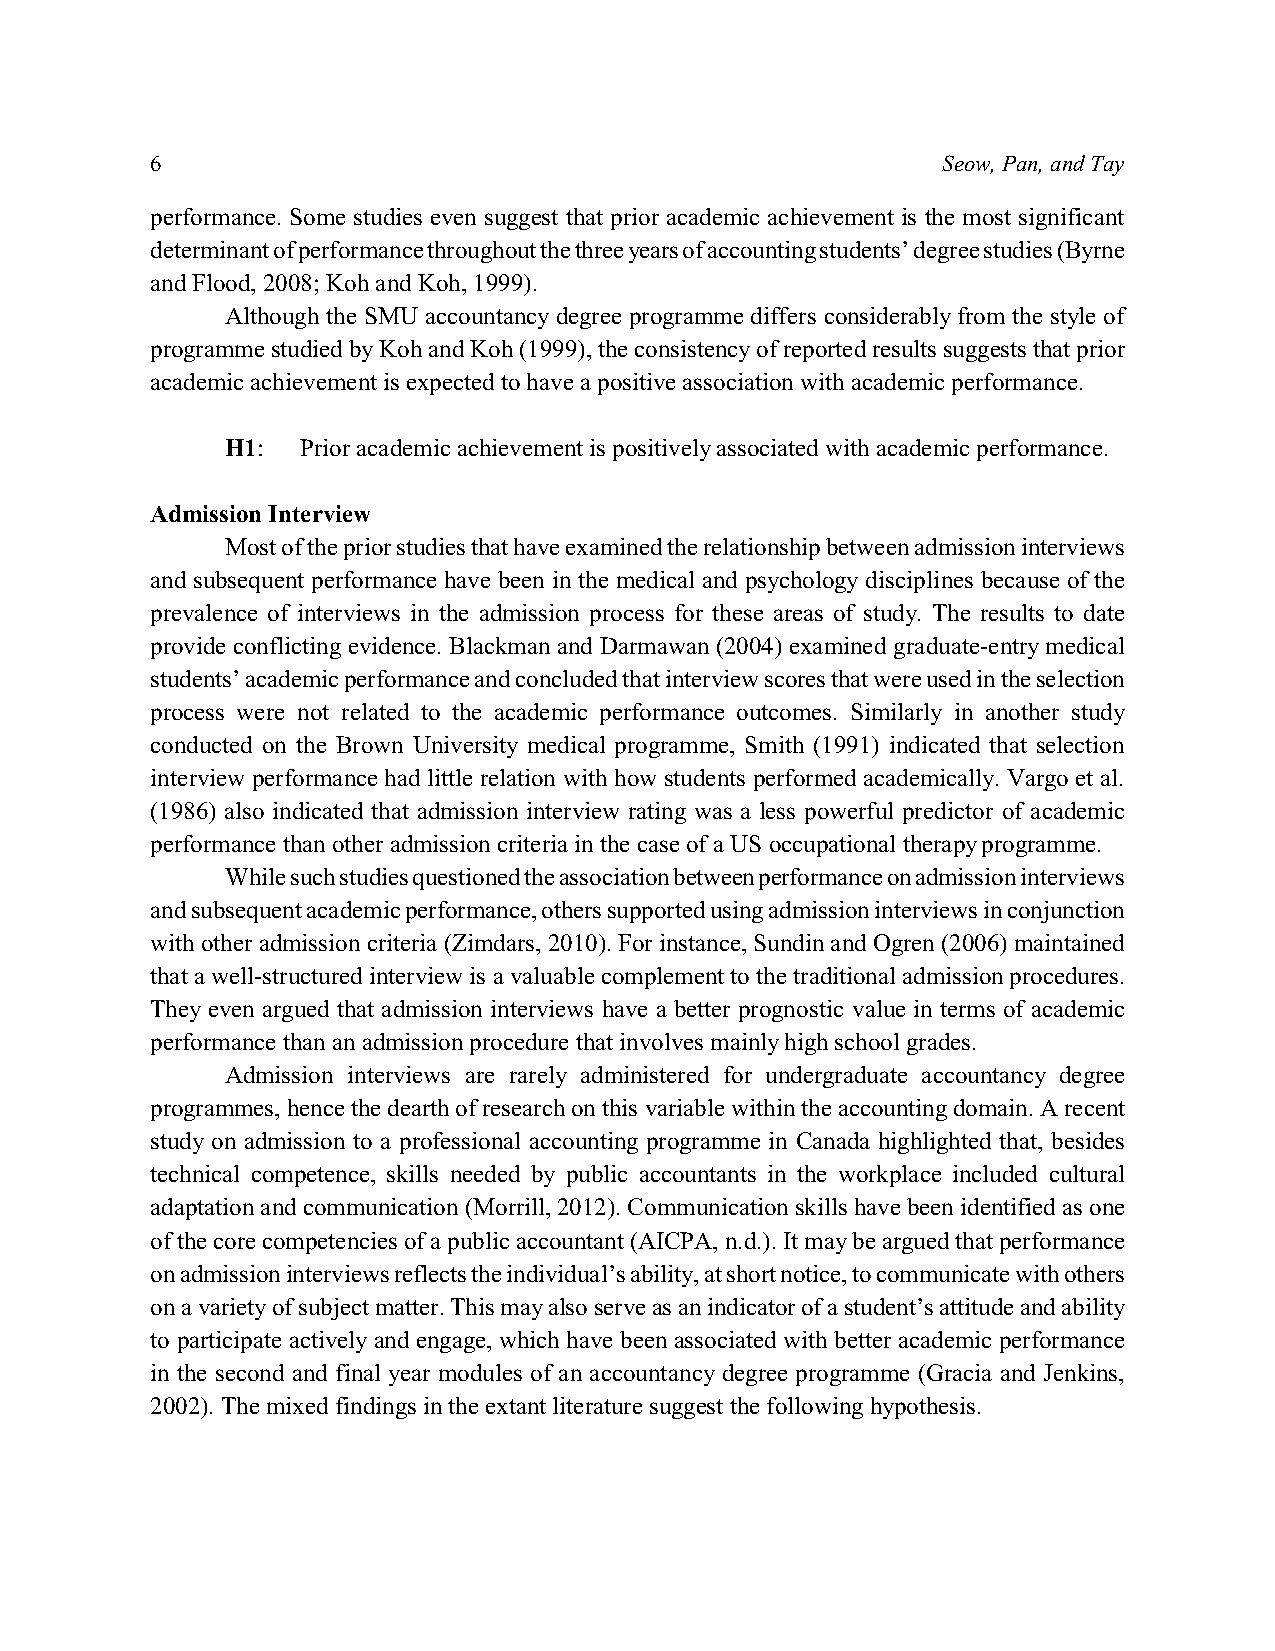
6                                                   Seow, Pan, and Tay
 performance. Some studies even suggest that prior academic achievement is the most significant
 determinant of performance throughout the three years of accounting students’ degree studies (Byrne
 and Flood, 2008; Koh and Koh, 1999).
 Although the SMU accountancy degree programme differs considerably from the style of
 programme studied by Koh and Koh (1999), the consistency of reported results suggests that prior
 academic achievement is expected to have a positive association with academic performance.
 H1:  Prior academic achievement is positively associated with academic performance.
 Admission Interview
 Most of the prior studies that have examined the relationship between admission interviews
 and subsequent performance have been in the medical and psychology disciplines because of the
 prevalence of interviews in the admission process for these areas of study. The results to date
 provide conflicting evidence. Blackman and Darmawan (2004) examined graduate-entry medical
 students’ academic performance and concluded that interview scores that were used in the selection
 process were not related to the academic performance outcomes. Similarly in another study
 conducted on the Brown University medical programme, Smith (1991) indicated that selection
 interview performance had little relation with how students performed academically. Vargo et al.
 (1986) also indicated that admission interview rating was a less powerful predictor of academic
 performance than other admission criteria in the case of a US occupational therapy programme.
 While such studies questioned the association between performance on admission interviews
 and subsequent academic performance, others supported using admission interviews in conjunction
 with other admission criteria (Zimdars, 2010). For instance, Sundin and Ogren (2006) maintained
 that a well-structured interview is a valuable complement to the traditional admission procedures.
 They even argued that admission interviews have a better prognostic value in terms of academic
 performance than an admission procedure that involves mainly high school grades.
 Admission interviews are rarely administered for undergraduate accountancy degree
 programmes, hence the dearth of research on this variable within the accounting domain. A recent
 study on admission to a professional accounting programme in Canada highlighted that, besides
 technical competence, skills needed by public accountants in the workplace included cultural
 adaptation and communication (Morrill, 2012). Communication skills have been identified as one
 of the core competencies of a public accountant (AICPA, n.d.). It may be argued that performance
 on admission interviews reflects the individual’s ability, at short notice, to communicate with others
 on a variety of subject matter. This may also serve as an indicator of a student’s attitude and ability
 to participate actively and engage, which have been associated with better academic performance
 in the second and final year modules of an accountancy degree programme (Gracia and Jenkins,
 2002). The mixed findings in the extant literature suggest the following hypothesis.